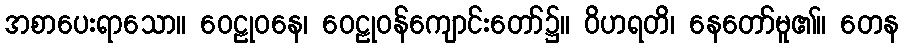
အစာပေးရာသော။ ဝေဠုဝနေ၊ ဝေဠုဝန်ကျောင်းတော်၌။ ဝိဟရတိ၊ နေတော်မူ၏။ တေန